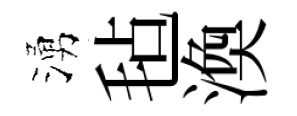
湧毡渙